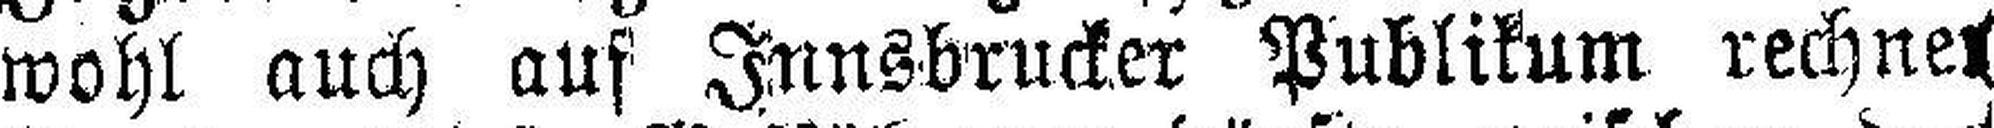
wohl auch auf Innsbrucker Publikum rechnen